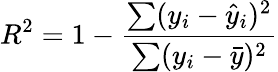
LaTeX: R^{2}=1-\frac{\sum(y_{i}-\hat{y}_{i})^{2}}{\sum(y_{i}-\bar{y})^{2}}